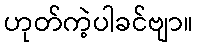
ဟုတ်ကဲ့ပါခင်ဗျာ။